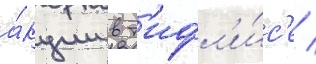
а́кции в т'ифл'и́с'е /